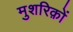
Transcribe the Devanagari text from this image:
मुशरिक़ों